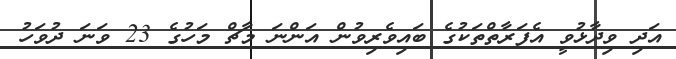
އަދި ވިދާޅުވީ އެފަރާތްތަކުގެ ބައިވެރިވުން އަންނަ މާޗް މަހުގެ 23 ވަނަ ދުވަހު